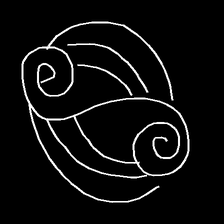
Glyph: wind-underfoot